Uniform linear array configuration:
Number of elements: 24
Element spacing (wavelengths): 0.75
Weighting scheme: exponential
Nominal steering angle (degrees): -15
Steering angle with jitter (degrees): -14.763
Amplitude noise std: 0.05
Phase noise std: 0.05

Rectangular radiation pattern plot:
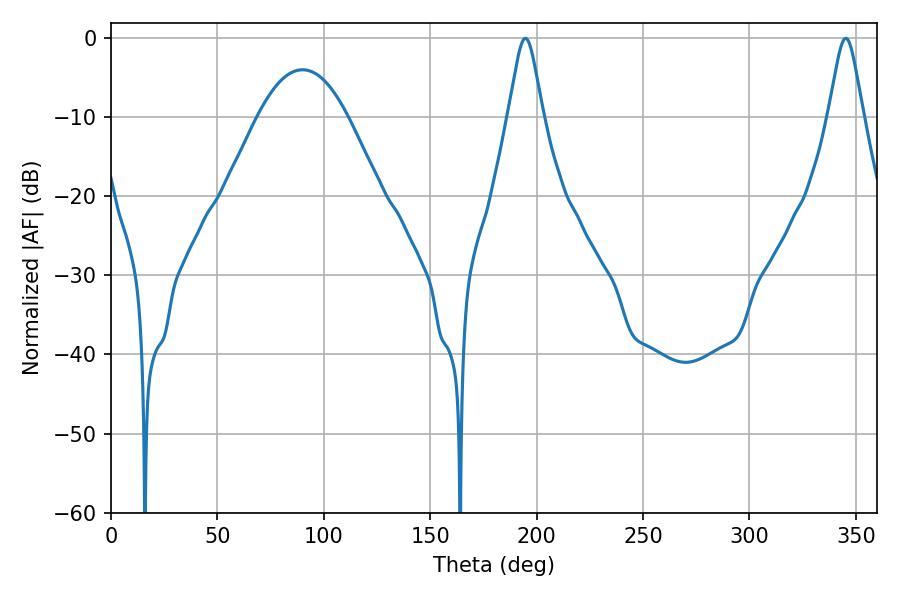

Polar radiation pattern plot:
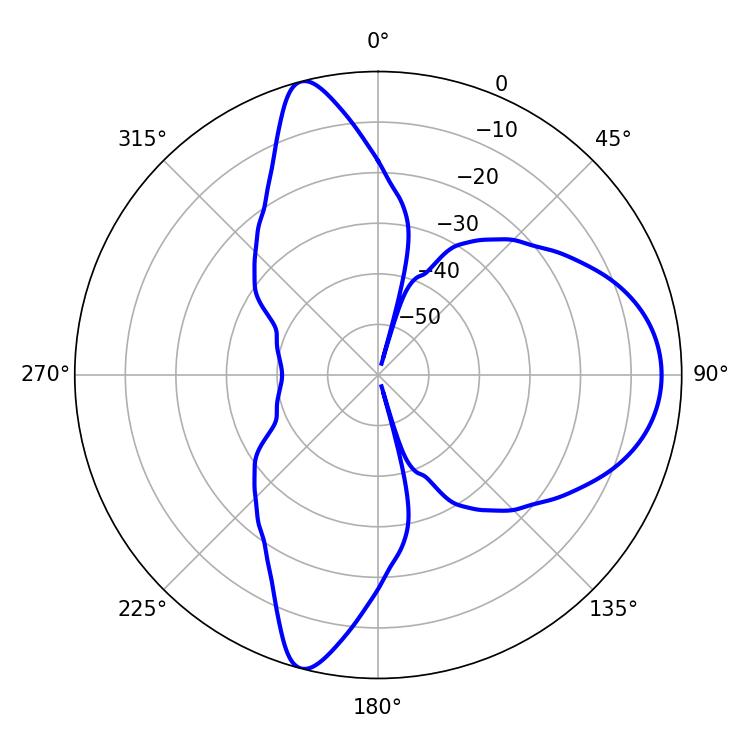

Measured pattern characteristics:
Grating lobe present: TRUE
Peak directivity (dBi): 11.617
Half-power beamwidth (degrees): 7.92
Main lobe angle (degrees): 194.76